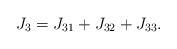
LaTeX: \begin{align*}J_{3} =J_{31} +J_{32} +J_{33}.\end{align*}